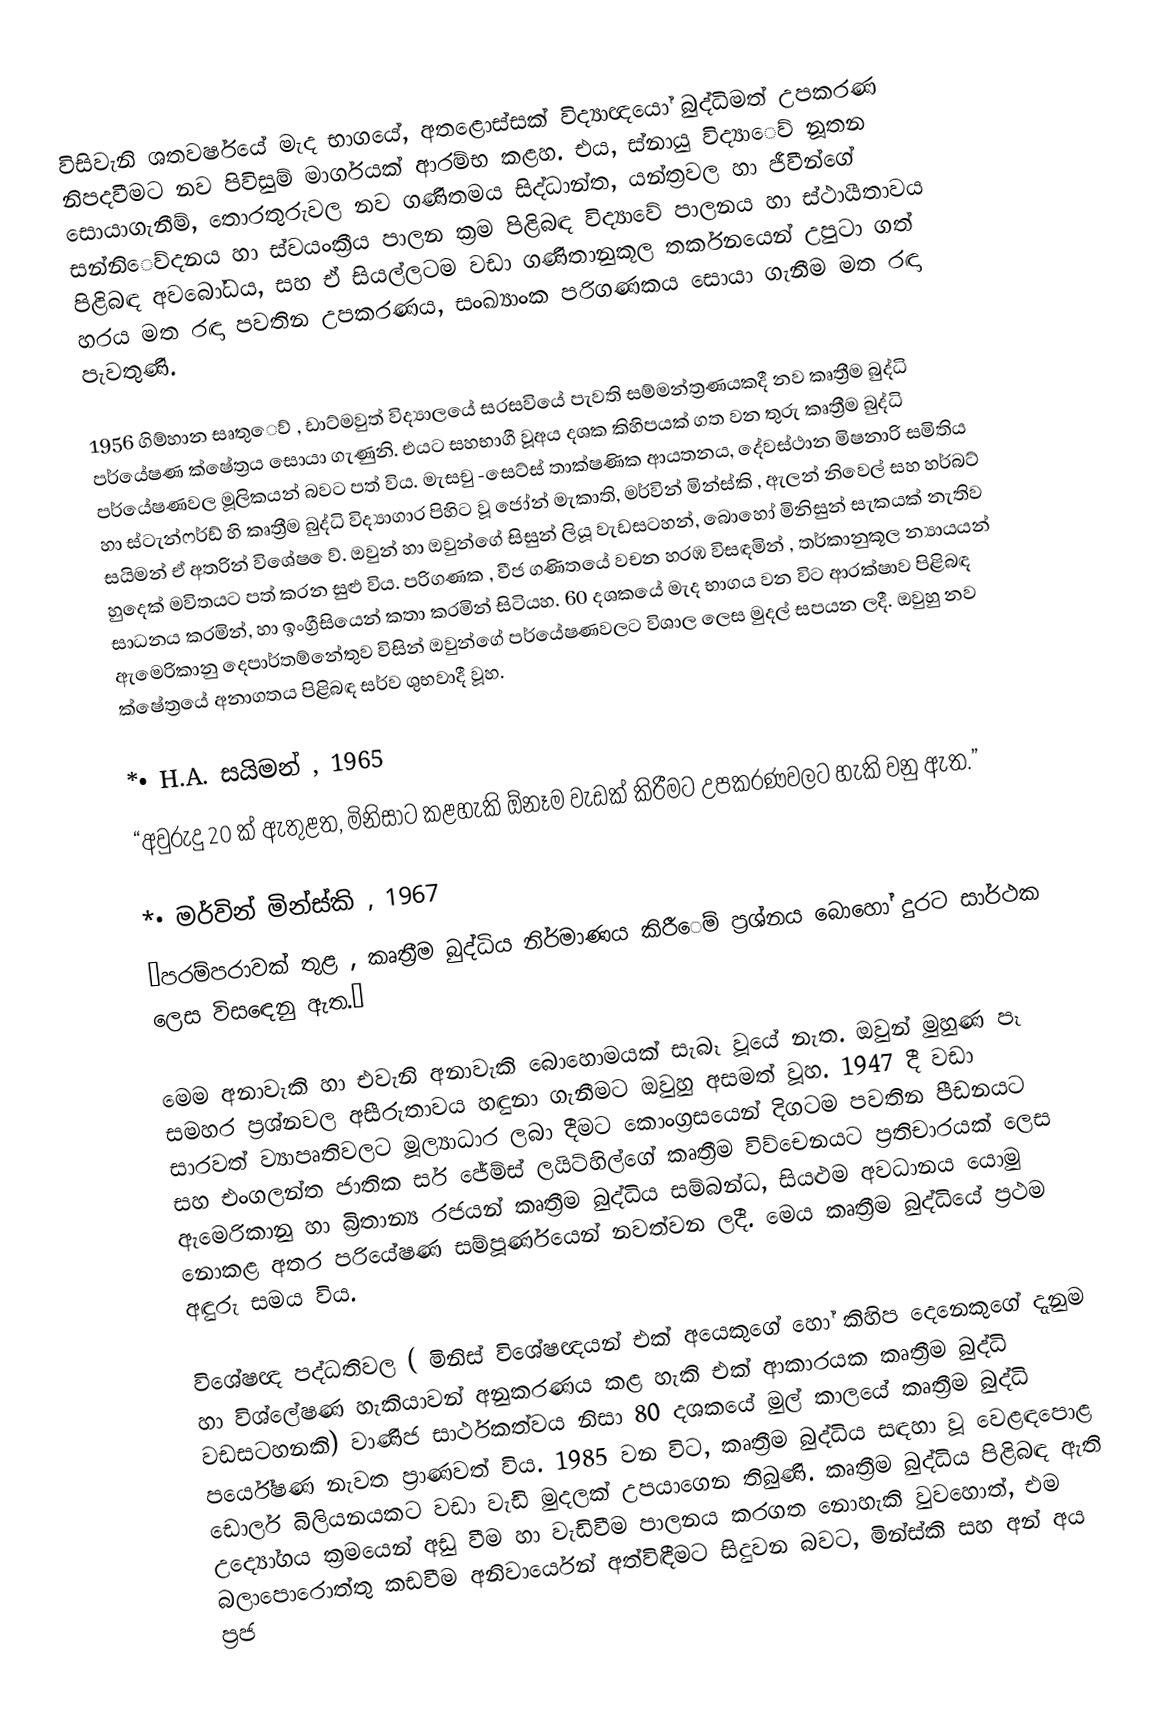
විසිවැනි ශතවර්ෂයේ මැද භාගයේ, අතළොස්සක් විද්‍යාඥයෝ බුද්ධිමත් උපකරණ නිපදවීමට නව පිවිසුම්‍ මාර්ගයක් ආරම්‍භ කළහ. එය, ස්නායු විද්‍යා‍ෙව් නූතන සොයාගැනීම්‍, තොරතුරුවල නව ගණිතමය සිද්ධාන්ත, යන්ත්‍රවල හා ජීවීන්ගේ සන්නි‍ෙව්‍දනය හා ස්වයංක්‍රීය පාලන ක්‍රම පිළිබඳ විද්‍යා‍වේ  පාලනය හා ස්ථායීතාවය පිළිබඳ අවබෝධය, සහ ඒ සියල්ලටම වඩා ගණිතානුකූල තර්කනයෙන් උපුටා ගත් හරය මත රඳා පවතින උපකරණය, සංඛ්‍යාංක පරිගණකය සොය‍ා ගැනීම මත රඳා පැවතුණි.

1956 ගිම්‍හාන සෘතු‍ෙව්‍ , ඩාට්‍මවුත් විද්‍යාලයේ සරසවියේ පැවති සම්‍මන්ත්‍රණයකදී නව කෘත්‍රීම බුද්ධි පර්යේෂණ ක්ෂේත්‍රය සොයා ගැණුනි. එයට සහභාගී වූඅය දශක කිහිපයක් ගත වන තුරු කෘත්‍රීම බුද්ධි පර්යේෂණවල මූලිකයන් බවට පත් විය. මැසචු -සෙට්‍ස් තාක්ෂණික ආයතනය, දේවස්ථාන මිෂනාරි සමිතිය හා ස්ටැන්ෆර්ඩ්‍ හි කෘත්‍රීම බුද්ධි විද්‍යාගාර පිහිට වූ ජෝන් මැකාති, මර්වින් මින්ස්කි , ඇලන් නිවෙල් සහ හර්බට්‍ සයිමන් ඒ අතරින් විශේෂ ‍ෙව්‍. ඔවුන් හා ඔවුන්ගේ සිසුන් ලියූ වැඩසටහන්, බොහෝ මිනිසුන් සැකයක් නැතිව හුදෙක් මවිතයට පත් කරන සුළු විය. පරිගණක , වීජ ගණිතයේ වචන හරඹ විසඳමින් , තර්කානුකූල න්‍යායයන් සාධනය කරමින්, හා ඉංග්‍රීසියෙන් කතා කරමින් සිටියහ. 60 දශකයේ මැද භාගය වන විට ආරක්ෂාව පිළිබඳ ඇමෙරිකානු දෙපාර්ත‍ම්‍නේතුව විසින් ඔවුන්ගේ පර්යේෂණවලට විශාල ලෙස මුදල් සපයන ලදී. ඔවුහු නව ක්ෂේත්‍රයේ අනාගතය පිළිබඳ සර්ව ශුභවාදී වූහ.

   *•	H.A. සයිමන් , 1965
“අවුරුදු 20 ක් ඇතුළත, මිනිසාට කළහැකි ඕනෑම වැඩක් කිරීමට උපකරණවලට හැකි වනු ඇත.”

   *•	මර්වින් මින්ස්කි , 1967
“පරම්‍පරාවක් තුළ , කෘත්‍රීම බුද්ධිය නිර්මාණය කිරී‍‍ෙම්‍ ප්‍රශ්නය බොහෝ දුරට සාර්ථක ලෙස විස‍‍ඳෙනු ඇත.”

මෙම අනාවැකි හා එවැනි අනාවැකි බොහොමයක් සැබෑ වූයේ නැත. ඔවුන් මුහුණ පෑ සමහර ප්‍රශ්නවල අසීරුතාවය හඳුනා ගැනීමට ඔවුහු අසමත් වූහ. 1947 දී වඩා සාරවත් ව්‍යාපෘතිවලට මූල්‍යාධාර ලබා දීමට  කොංග්‍රසයෙන් දිගටම පවතින පීඩනයට සහ එංගලන්ත ජාතික සර් ජේම්‍ස් ලයිට්‍හිල්ගේ කෘත්‍රීම වි‍ව්‍චෙනයට ප්‍රතිචාරයක් ලෙස ඇමෙරිකානු හා බ්‍රිතාන්‍ය රජයන් කෘත්‍රීම බුද්ධිය සම්‍බන්ධ, සියළුම අවධානය යොමු නොකළ අතර පරියේෂණ සම්‍පූර්ණයෙන් නවත්වන ලදී. මෙය කෘත්‍රීම බුද්ධියේ ප්‍රථම අඳුරු සමය විය.

විශේෂඥ පද්ධතිවල ( මිනිස් විශේෂඥයන් එක් අයෙකුගේ හෝ කිහිප දෙනෙකුගේ දැනුම හා වි‍ශ්ලේෂණ හැකියාවන් අනුකරණය කළ හැකි එක් ආකාරයක කෘත්‍රීම බුද්ධි වඩසටහනකි)  වාණිජ සාර්ථකත්වය නිසා 80 දශකයේ මුල් කාලයේ කෘත්‍රීම බුද්ධි පර්යේෂණ නැවත ප්‍රාණවත් විය. 1985 වන විට, කෘත්‍රීම බුද්ධිය සඳහා වූ වෙළඳපොළ ඩොලර් බිලියනයකට වඩා වැඩි මුදලක් උපයාගෙන තිබුණි. කෘත්‍රීම බුද්ධිය පිළිබඳ ඇති උද්‍යෝගය ක්‍රමයෙන් අඩු වීම හා වැඩිවීම පාලනය කරගත  නොහැකි වුවහොත්, එම බලාපොරොත්තු කඩවීම අනිවාර්යෙන් අත්විඳීමට සිදුවන බවට, මින්ස්කි සහ අන් අය ප්‍රජ